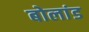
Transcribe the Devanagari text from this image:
बोलांड